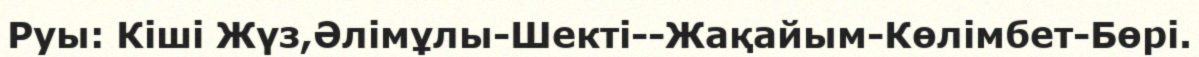
Руы: Кіші Жүз,Әлімұлы-Шекті--Жақайым-Көлімбет-Бөрі.